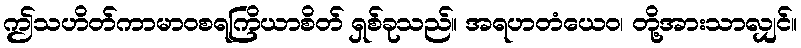
ဤသဟိတ်ကာမာဝစရကြိယာစိတ် ရှစ်ခုသည်။ အရဟတံယေဝ၊ တို့အားသာလျှင်။